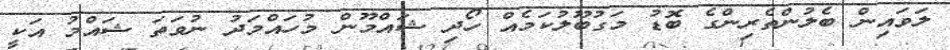
ލަވައިން ބެލުންތެރިންގެ ބޮޑު މަގުބޫލުކަމެއް ހޯދި ޝައްމޫން މުހައްމަދު ނުވަތަ ޝައްމު އަކީ